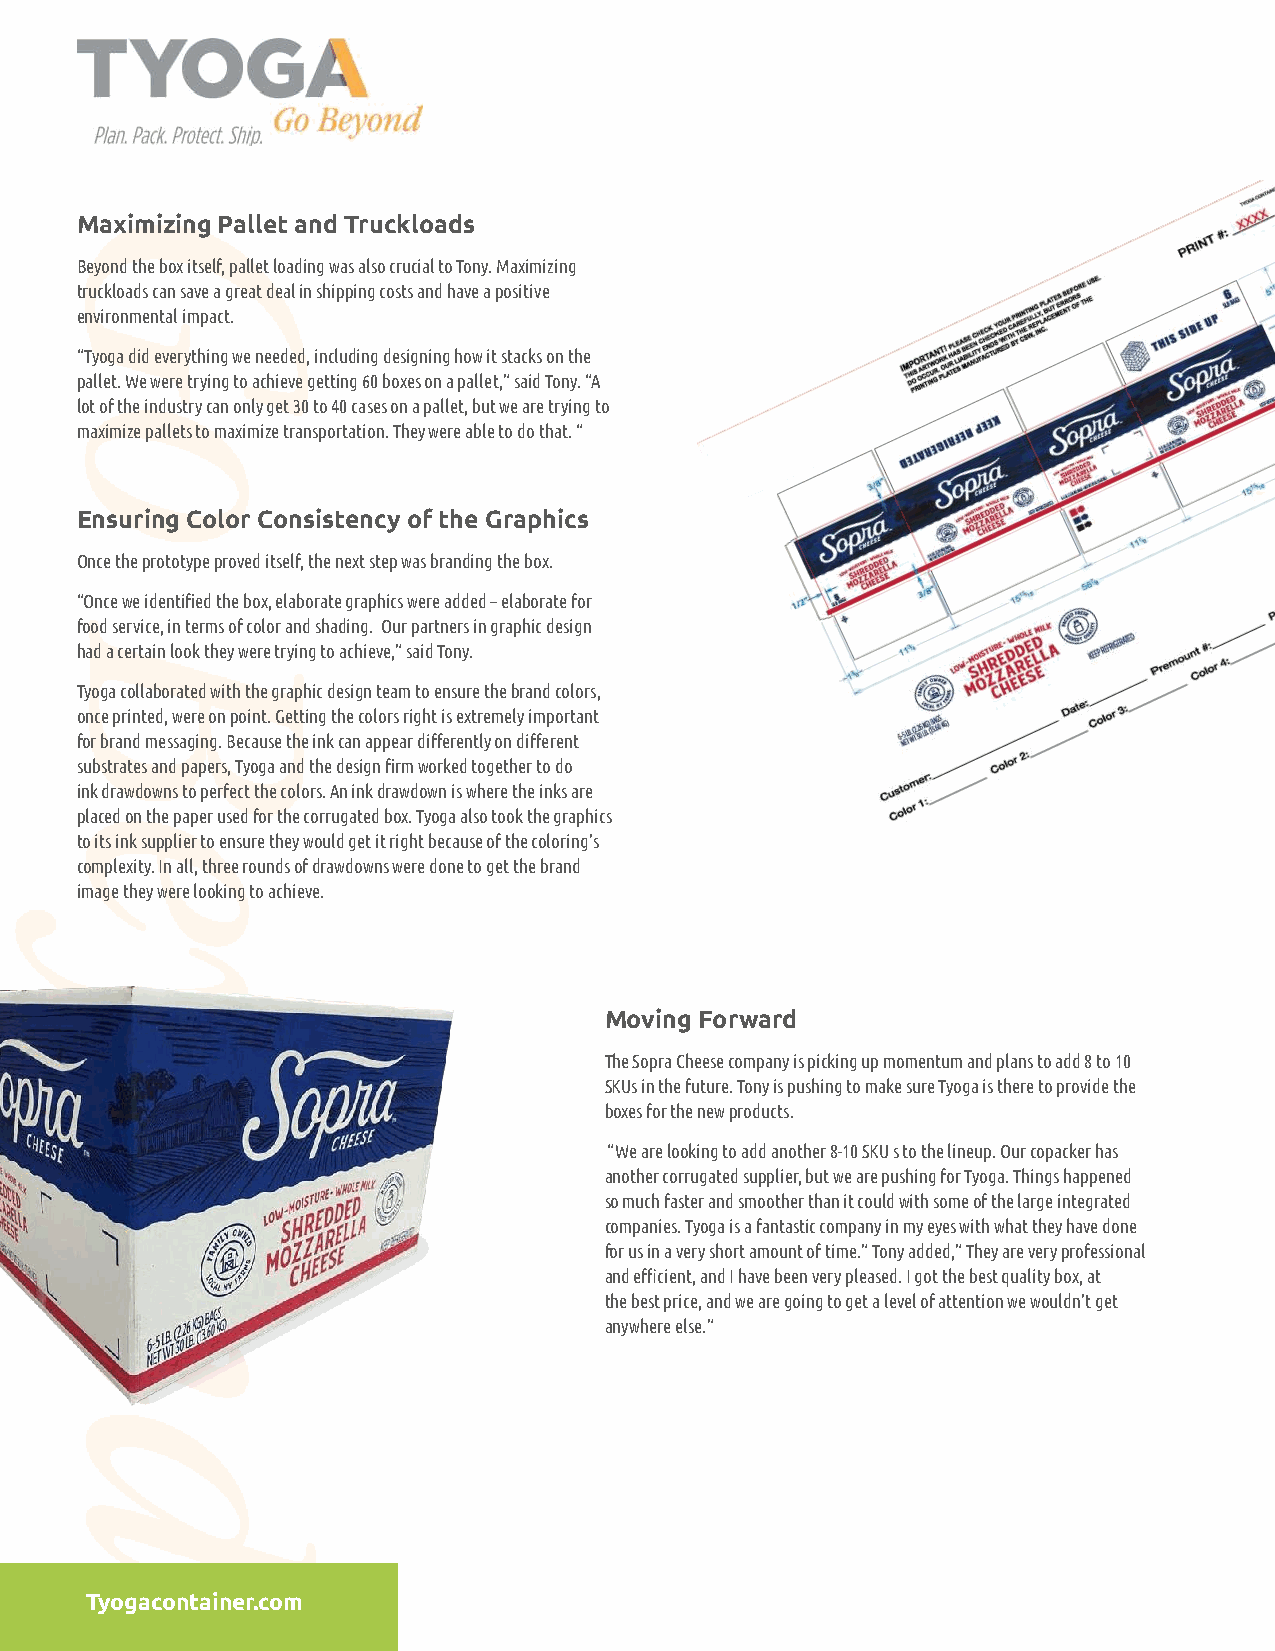
Maximizing Pallet and Truckloads
 Beyond the box itself, pallet loading was also crucial to Tony. Maximizing
 truckloads can save a great deal in shipping costs and have a positive
 environmental impact.
 “Tyoga did everything we needed, including designing how it stacks on the
 pallet. We were trying to achieve getting 60 boxes on a pallet,” said Tony. “A
 lot of the industry can only get 30 to 40 cases on a pallet, but we are trying to
 maximize pallets to maximize transportation. They were able to do that. “
 Ensuring Color Consistency of the Graphics
 Once the prototype proved itself, the next step was branding the box.
 “Once we identified the box, elaborate graphics were added – elaborate for
 food service, in terms of color and shading. Our partners in graphic design
 had a certain look they were trying to achieve,” said Tony.
 Tyoga collaborated with the graphic design team to ensure the brand colors,
 once printed, were on point. Getting the colors right is extremely important
 for brand messaging. Because the ink can appear differently on different
 substrates and papers, Tyoga and the design firm worked together to do
 ink drawdowns to perfect the colors. An ink drawdown is where the inks are
 placed on the paper used for the corrugated box. Tyoga also took the graphics
 to its ink supplier to ensure they would get it right because of the coloring’s
 complexity. In all, three rounds of drawdowns were done to get the brand
 image they were looking to achieve.
 Moving Forward
 The Sopra Cheese company is picking up momentum and plans to add 8 to 10
 SKUs in the future. Tony is pushing to make sure Tyoga is there to provide the
 boxes for the new products.
 “We are looking to add another 8-10 SKU s to the lineup. Our copacker has
 another corrugated supplier, but we are pushing for Tyoga. Things happened
 so much faster and smoother than it could with some of the large integrated
 companies. Tyoga is a fantastic company in my eyes with what they have done
 for us in a very short amount of time.” Tony added,” They are very professional
 and efficient, and I have been very pleased. I got the best quality box, at
 the best price, and we are going to get a level of attention we wouldn’t get
 anywhere else.”
 Tyogacontainer.com